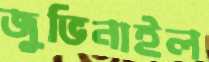
জুভিনাইল